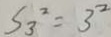
S _ { 3 } ^ { 2 } = 3 ^ { 2 }